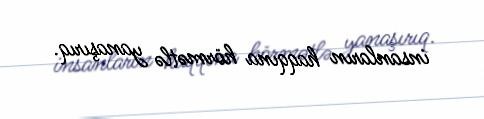
insanların haqqına hörmətlə yanaşırıq.